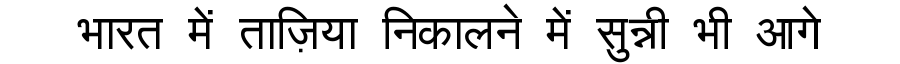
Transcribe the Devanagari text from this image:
भारत में ताज़िया निकालने में सुन्नी भी आगे